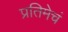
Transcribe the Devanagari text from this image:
प्रतिमेचं